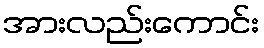
အားလည်းကောင်း